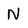
Character: N